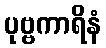
ပုဗ္ဗကာရိနံ